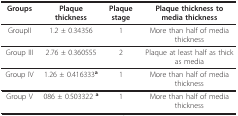
<table><thead><tr><td><b>Groups</b></td><td><b>Plaque thickness</b></td><td><b>Plaque stage</b></td><td><b>Plaque thickness to media thickness</b></td></tr></thead><tbody><tr><td>GroupII</td><td>1.2 ± 0.34356</td><td>1</td><td>More than half of media thickness</td></tr><tr><td>Group III</td><td>2.76 ± 0.360555</td><td>2</td><td>Plaque at least half as thick as media</td></tr><tr><td>Group IV</td><td>1.26 ± 0.416333<sup><b>a</b></sup></td><td>1</td><td>More than half of media thickness</td></tr><tr><td>Group V</td><td>086 ± 0.503322 <sup><b>a</b></sup></td><td>1</td><td>More than half of media thickness</td></tr></tbody></table>